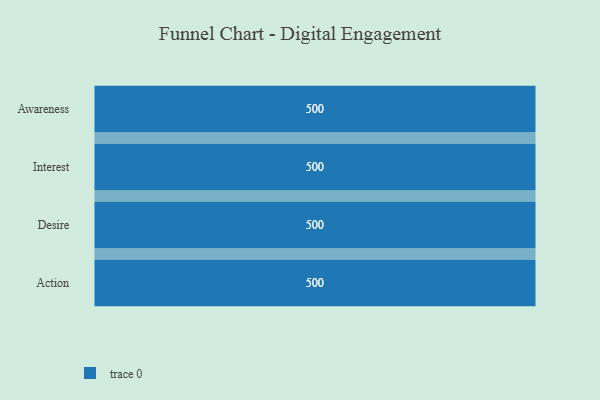
{"axis": {"x": "Stage", "y": "Value"}, "legend": [""], "data": [{"x": "Awareness", "y": 500, "type": ""}, {"x": "Interest", "y": 500, "type": ""}, {"x": "Desire", "y": 500, "type": ""}, {"x": "Action", "y": 500, "type": ""}]}